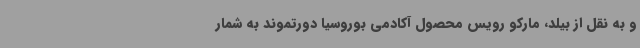
و به نقل از بیلد، مارکو رویس محصول آکادمی بوروسیا دورتموند به شمار